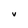
Character: V